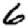
Digit: 6